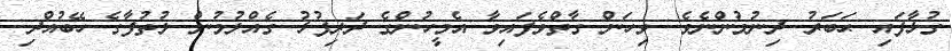
ގުޅާފައި ޙަބަރު ދިނުމުންނެވެ. ވިހަން ގާތްވެފައިވާ އެމީހުންގެ ދަރިފުޅު ގެއްލުމުން ލުތުފާގެ ހޭބުއްދި